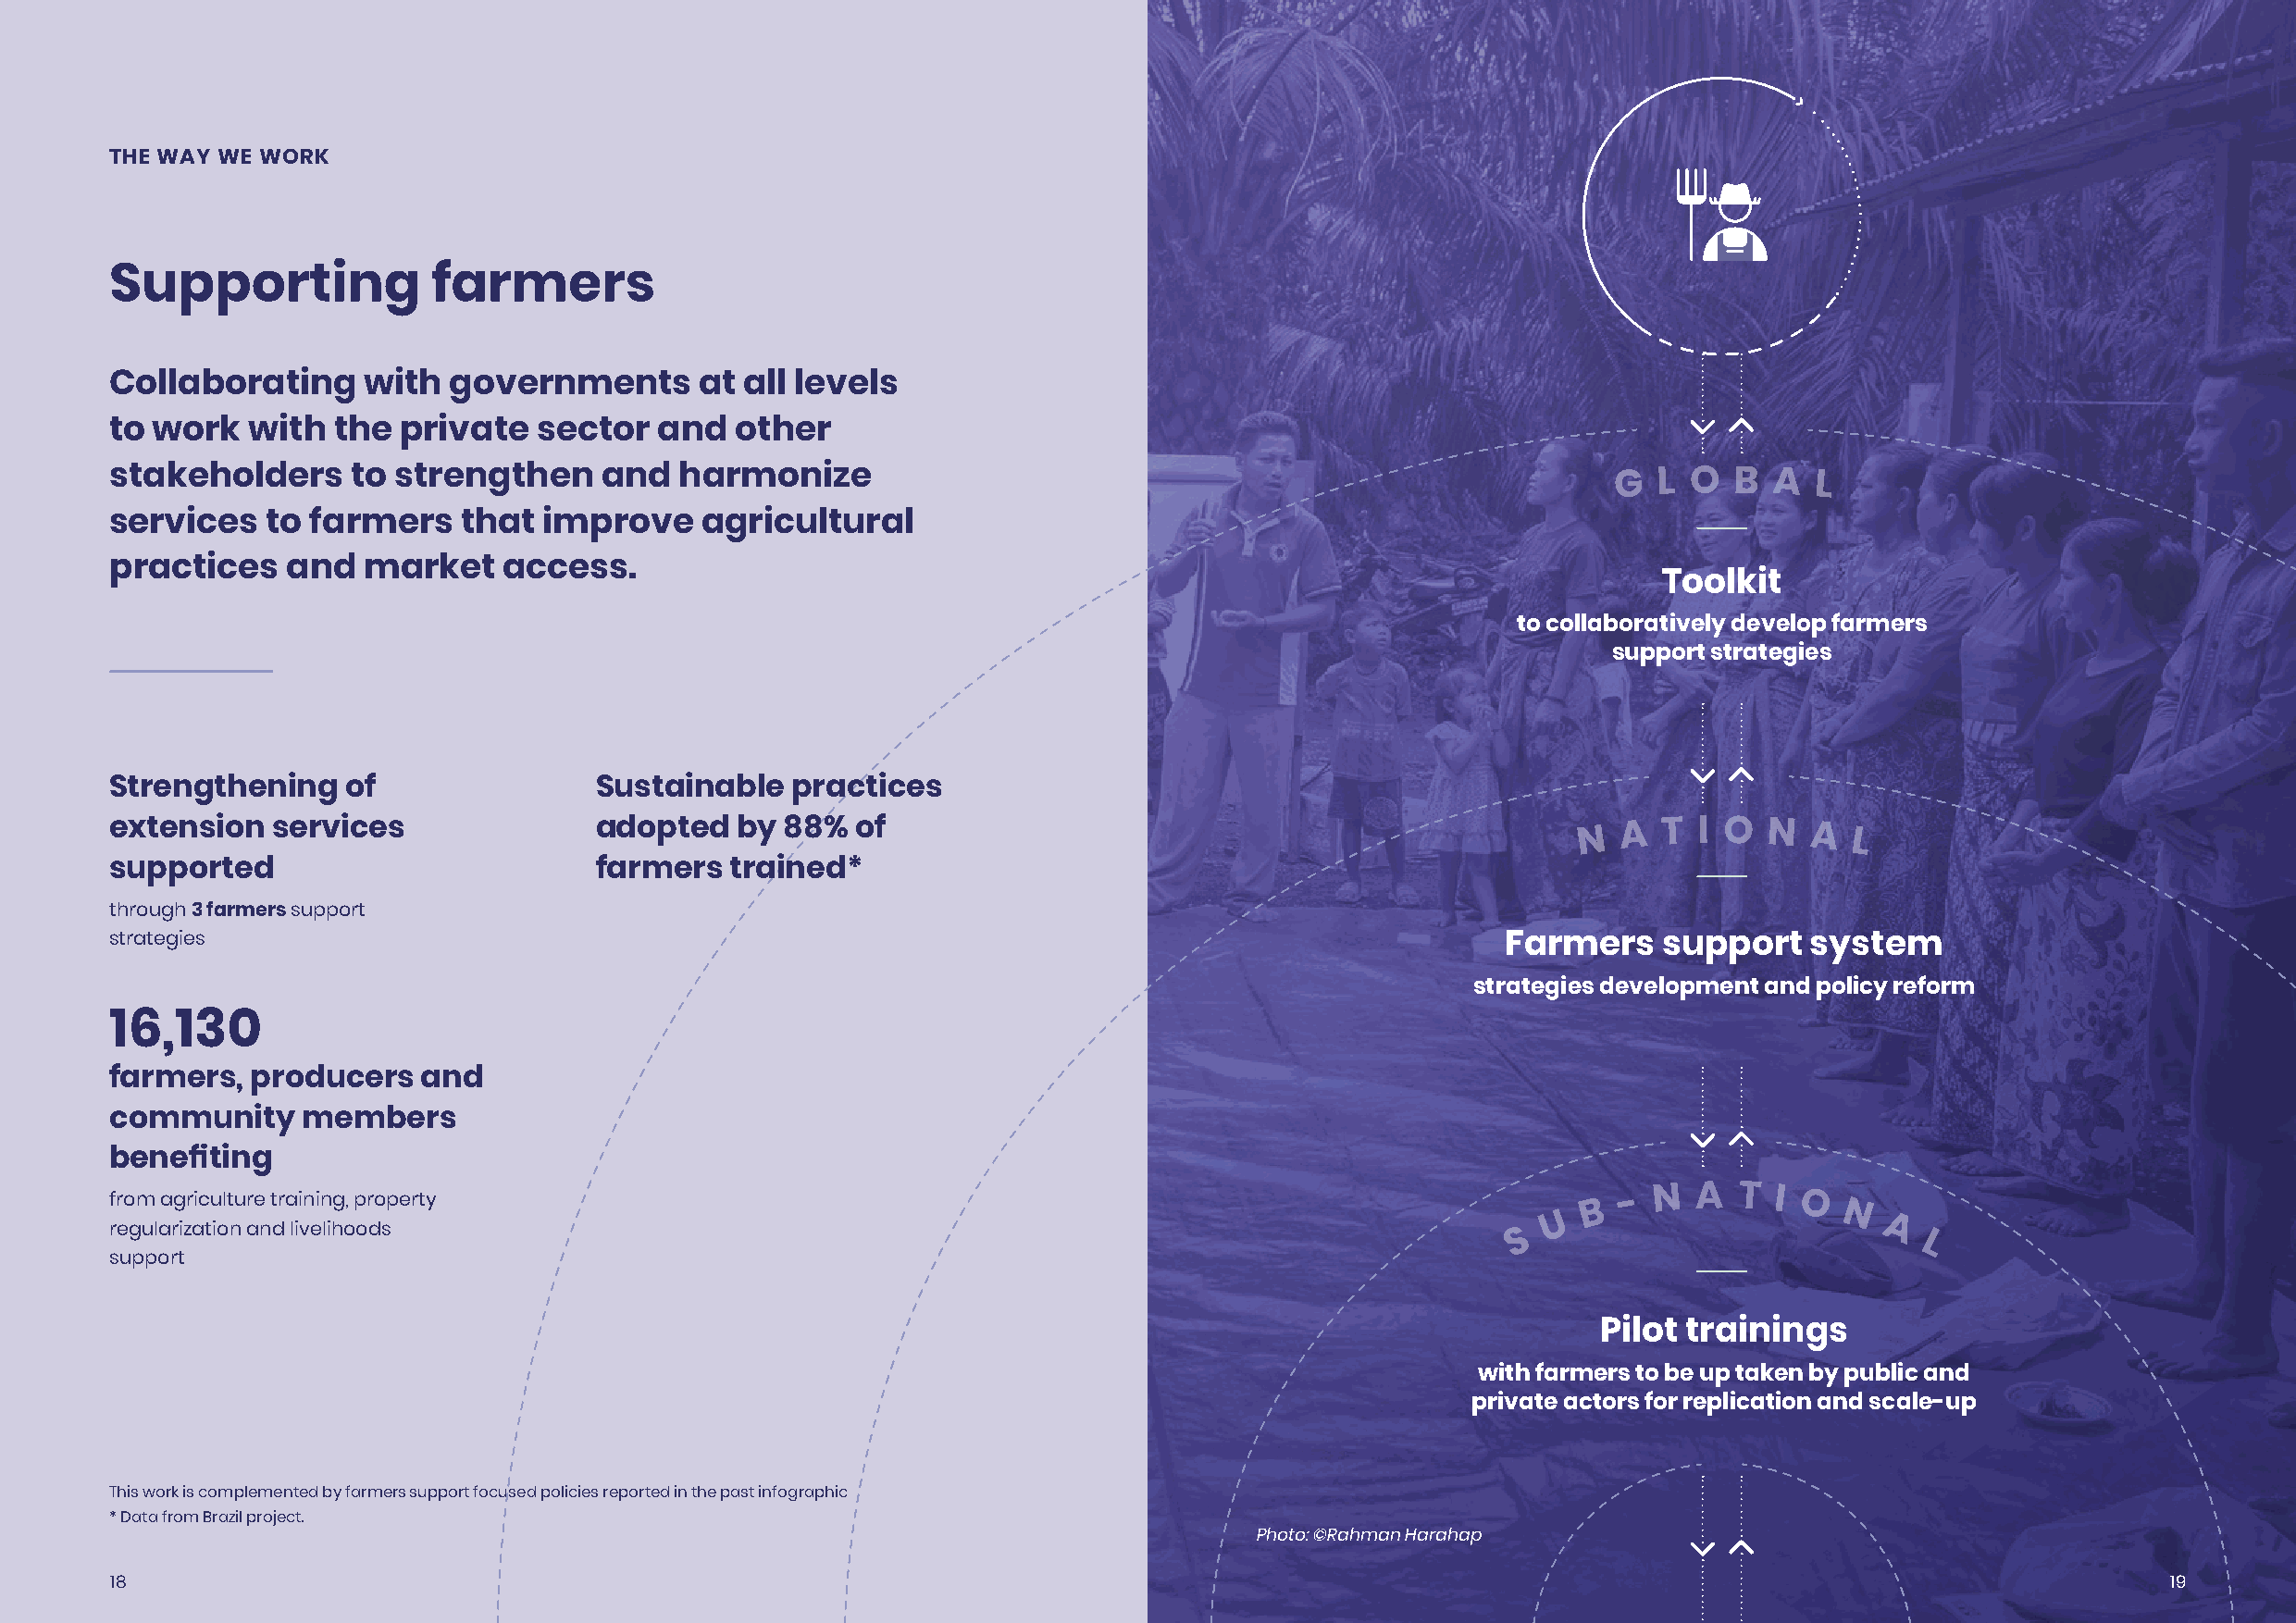
THE WAY WE WORK
 Supporting             farmers
 Collaborating     with  governments       at all levels
 to work   with  the  private  sector   and   other
 stakeholders     to strengthen     and   harmonize                                                          G  L O  B  A  L
 services   to farmers    that  improve    agricultural
 practices   and   market    access.
 Toolkit
 to collaboratively develop farmers
 support strategies
 Strengthening    of                Sustainable   practices
 extension  services                adopted   by 88%  of                                                  N  A  T I O  N  A  L
 supported                          farmers  trained*
 through 3 farmers support
 strategies                                                                                          Farmers    support   system
 strategies development and policy reform
 16,130
 farmers,  producers   and
 community     members
 benefiting
 from agriculture training, property                                                                       B - N  A  T  I O
 U                   N
 regularization and livelihoods                                                                       S                        A
 L
 support
 Pilot  trainings
 with farmers to be up taken by public and
 private actors for replication and scale-up
 This work is complemented by farmers support focused policies reported in the past infographic
 * Data from Brazil project.
 Photo: ©Rahman Harahap
 18                                                                                                                                                 19